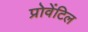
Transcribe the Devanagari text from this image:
प्रोवेंटिल